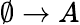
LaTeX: \emptyset\to A